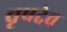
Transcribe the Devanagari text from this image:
वृषदेव